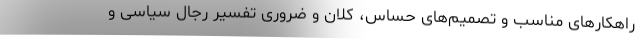
راهکارهای مناسب و تصمیم‌های حساس، کلان و ضروری تفسیر رجال سیاسی و